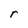
Character: r